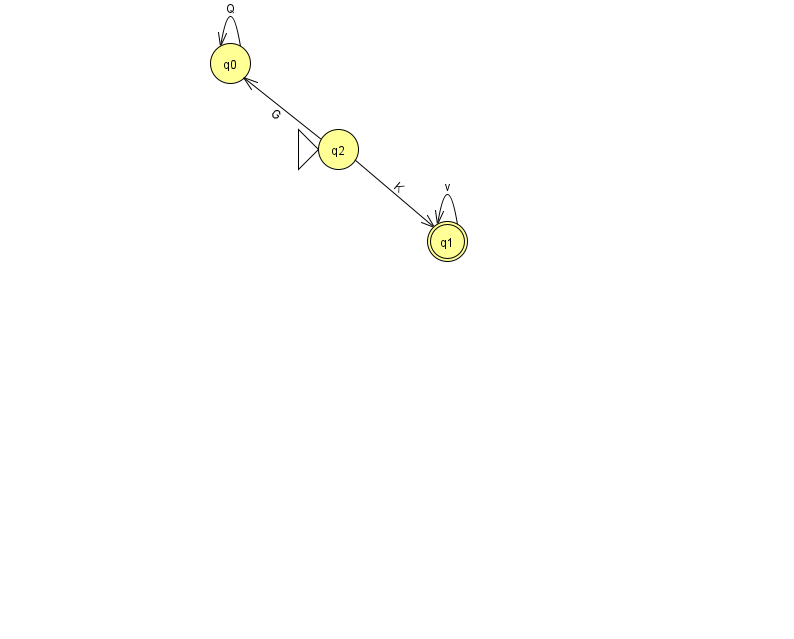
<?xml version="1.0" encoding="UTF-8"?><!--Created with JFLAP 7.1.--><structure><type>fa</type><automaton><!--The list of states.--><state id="0" name="q0"><x>230.0</x><y>50.0</y></state><state id="1" name="q1"><x>447.0</x><y>228.0</y><final/></state><state id="2" name="q2"><x>338.0</x><y>136.0</y><initial/></state><!--The list of transitions.--><transition><from>2</from><to>0</to><read>G</read></transition><transition><from>0</from><to>0</to><read>Q</read></transition><transition><from>1</from><to>1</to><read>v</read></transition><transition><from>2</from><to>1</to><read>K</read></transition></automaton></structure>